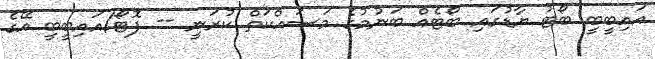
އައިބީބީ ބޯޓު ޔާޑުގައި ބޯޓެއް ބަނުމުގެ މަސައްކަތް ކުރަނީ -- ފޮޓޯ/އައިބީބީ އޭގެ